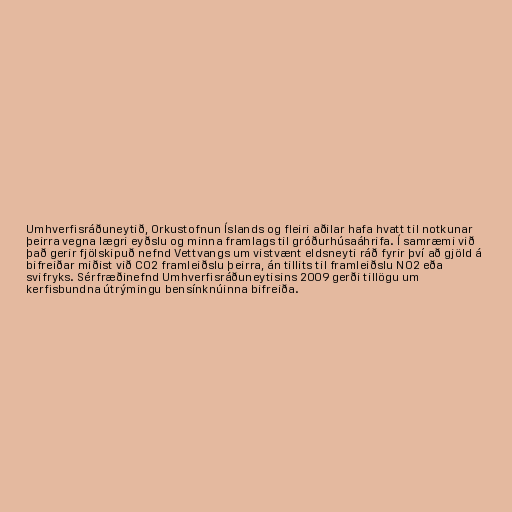
Umhverfisráðuneytið, Orkustofnun Íslands og fleiri aðilar hafa hvatt til notkunar
þeirra vegna lægri eyðslu og minna framlags til gróðurhúsaáhrifa. Í samræmi við
það gerir fjölskipuð nefnd Vettvangs um vistvænt eldsneyti ráð fyrir því að gjöld á
bifreiðar miðist við CO2 framleiðslu þeirra, án tillits til framleiðslu NO2 eða
svifryks. Sérfræðinefnd Umhverfisráðuneytisins 2009 gerði tillögu um
kerfisbundna útrýmingu bensínknúinna bifreiða.